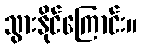
သွားနိုင်ကြောင်း။